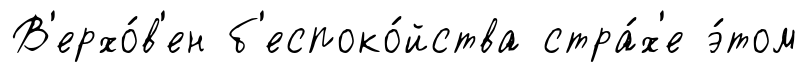
В'ерхо́в'ен б'еспоко́йства стра́х'е э́том